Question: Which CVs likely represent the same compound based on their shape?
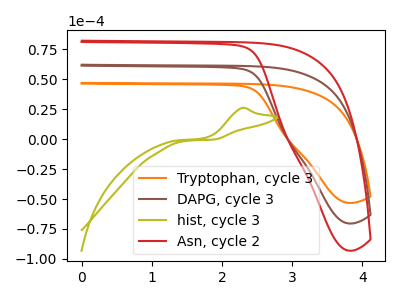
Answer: <think>The orange curve "Tryptophan, cycle 3" has no peaks. The brown curve "DAPG, cycle 3" has no peaks. The olive curve "hist, cycle 3" has an anodic peak at: (2.30V, 26.10uA). The red curve "Asn, cycle 2" has no peaks.
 Neither "Tryptophan, cycle 3" or "DAPG, cycle 3" have any peaks. "Tryptophan, cycle 3" and "hist, cycle 3" have a different number of peaks. Neither "Tryptophan, cycle 3" or "Asn, cycle 2" have any peaks. "DAPG, cycle 3" and "hist, cycle 3" have a different number of peaks. Neither "DAPG, cycle 3" or "Asn, cycle 2" have any peaks. "hist, cycle 3" and "Asn, cycle 2" have a different number of peaks.</think>
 <answer>"Asn, cycle 2", "Tryptophan, cycle 3" and "DAPG, cycle 3" have the same shape and are likely CV's of the same chemical.</answer>
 <eval>"Asn, cycle 2" "Tryptophan, cycle 3" "DAPG, cycle 3"</eval>